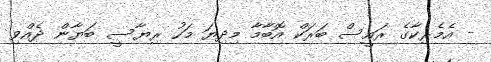
- އެމެރިކާގެ ރައީސް ބަރަކް އޮބާމާ މިދިޔަ މަހު ރިޔާސީ ބަޔާން ދެއްވި